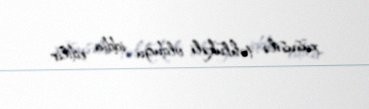
xüsusilə təhlükəli olduğu iddia edilir.